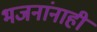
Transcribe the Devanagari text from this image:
भजनांनाही